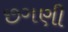
છગણી